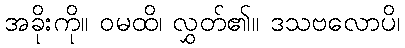
အခိုးကို။ ဝမထိ၊ လွှတ်၏။ ဒသဗလောပိ၊